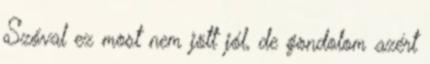
Szóval ez most nem jött jól, de gondolom azért